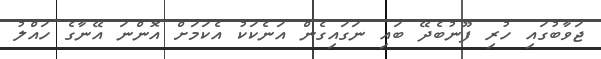
ޖަވާބުގައި ހުރި ފޫނުބެދޭ ބައި ނަގައިގެން އަނެކަކު އެކަމަށް އޮންނަ އޭނާގެ ހައްލު